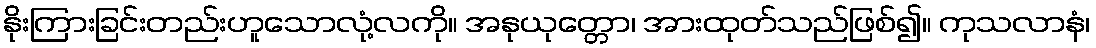
နိုးကြားခြင်းတည်းဟူသောလုံ့လကို။ အနုယုတ္တော၊ အားထုတ်သည်ဖြစ်၍။ ကုသလာနံ၊